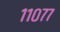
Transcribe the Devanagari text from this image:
११०७७